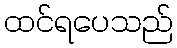
ထင်ရပေသည်